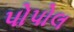
પોપોલ